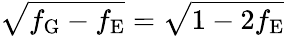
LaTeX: \sqrt{f_{\mathrm{G}}-f_{\mathrm{E}}}=\sqrt{1-2f_{\mathrm{E}}}